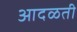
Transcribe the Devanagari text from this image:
आदळती